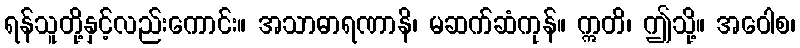
ရန်သူတို့နှင့်လည်းကောင်း။ အသာဓာရဏာနိ၊ မဆက်ဆံကုန်။ ဣတိ၊ ဤသို့။ အဝေါစ၊